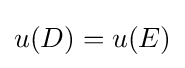
u(D)=u(E)